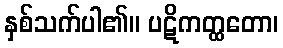
နှစ်သက်ပါ၏။ ပဋိကတ္ထတော၊